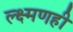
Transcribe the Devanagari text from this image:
ल्क्ष्मणही